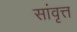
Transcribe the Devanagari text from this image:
सांवृत्त